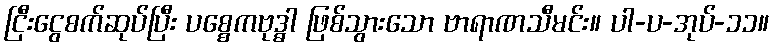
ငြီးငွေစက်ဆုပ်ပြီး ပစ္စေကဗုဒ္ဓါ ဖြစ်သွားသော ဗာရာဏသီမင်း။ ပါ-ပ-အုပ်-၁၁။